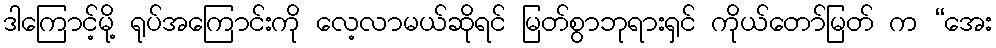
ဒါကြောင့်မို့ ရုပ်အကြောင်းကို လေ့လာမယ်ဆိုရင် မြတ်စွာဘုရားရှင် ကိုယ်တော်မြတ် က “အေး